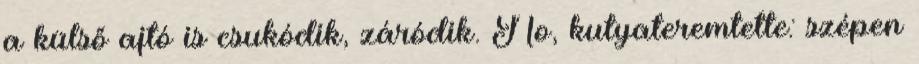
a külső ajtó is csukódik, záródik. No, kutyateremtette: szépen